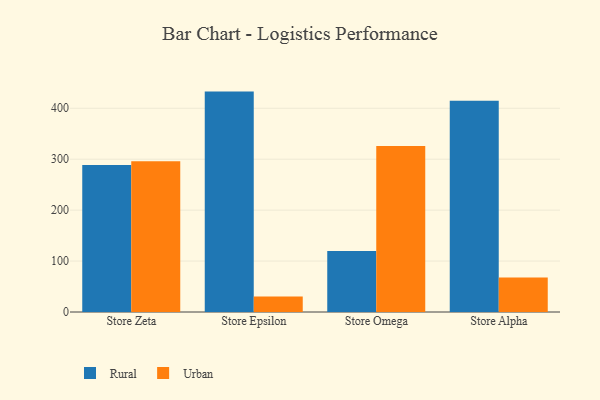
{"axis": {"x": "Store", "y": "Shipments"}, "legend": ["Rural", "Urban"], "data": [{"x": "Store Zeta", "y": 288.6, "type": "Rural"}, {"x": "Store Zeta", "y": 296.1, "type": "Urban"}, {"x": "Store Epsilon", "y": 432.7, "type": "Rural"}, {"x": "Store Epsilon", "y": 30.4, "type": "Urban"}, {"x": "Store Omega", "y": 119.8, "type": "Rural"}, {"x": "Store Omega", "y": 326.1, "type": "Urban"}, {"x": "Store Alpha", "y": 414.8, "type": "Rural"}, {"x": "Store Alpha", "y": 67.7, "type": "Urban"}]}